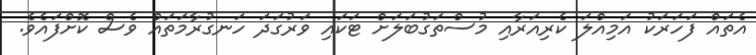
އެތައް ފަހަރަކު އަމިއްލަ ކެރިއަރާއި މުސްތަގުބަލަށް ޓަކައި ވަރުގަދަ ހަނގުރާމަތައް ވެސް ކޮށްފައެވެ.